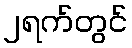
၂ရက်တွင်